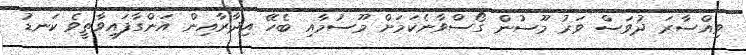
ވިއްސާރަ ދުވަސް ވަރު މޫސުން ގޯސްވާނެކަމަށް މޫސުމާއި ބެހޭ އިދާރާއިން އަންގާފައިވާތީވެ ކަނޑު